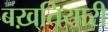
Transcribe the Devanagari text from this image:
बख़्तियारी